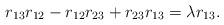
LaTeX: \begin{align*}r_{13}r_{12}-r_{12}r_{23}+r_{23}r_{13} = \lambda r_{13}.\end{align*}